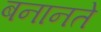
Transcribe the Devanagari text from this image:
बनानते